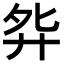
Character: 𫸘